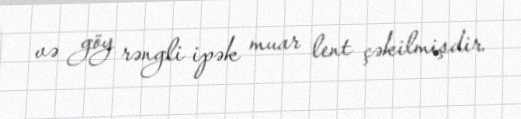
və göy rəngli ipək muar lent çəkilmişdir.